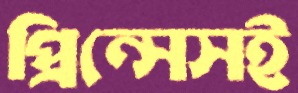
প্রিন্সেসই